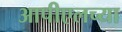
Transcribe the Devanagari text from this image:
आपीएलच्या